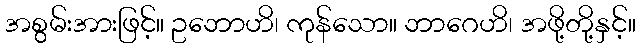
အစွမ်းအားဖြင့်။ ဥဘောဟိ၊ ကုန်သော။ ဘာဂေဟိ၊ အဖို့တို့နှင့်။